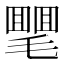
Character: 𣰣